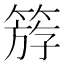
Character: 𥯞